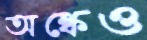
অঙ্কেও